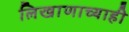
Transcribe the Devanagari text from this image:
लिखाणाच्याही